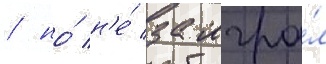
/ но́ н'е́ заигра́л